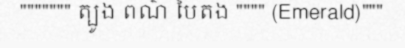
""""""" ត្បូង ពណ៌ បៃតង """" (Emerald)"""